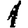
Digit: 1